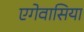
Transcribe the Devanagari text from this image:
एगेवासिया